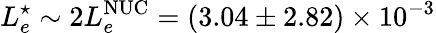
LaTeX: L_{e}^{\star}\sim 2L_{e}^{\mathrm{NUC}}=(3.04\pm 2.82)\times 10^{-3}